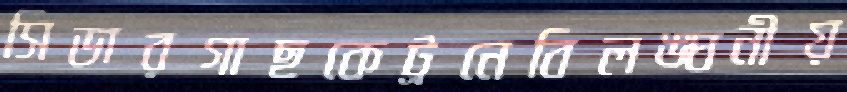
সিডারগাছকেট্রনেবিলঙ্ঘনীয়